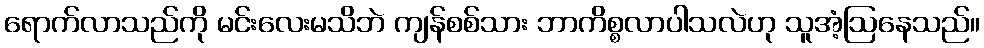
ရောက်လာသည်ကို မင်းလေးမသိဘဲ ကျန်စစ်သား ဘာကိစ္စလာပါသလဲဟု သူအံ့ဩနေသည်။